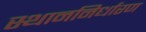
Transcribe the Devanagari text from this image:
स्थाननिर्धारण